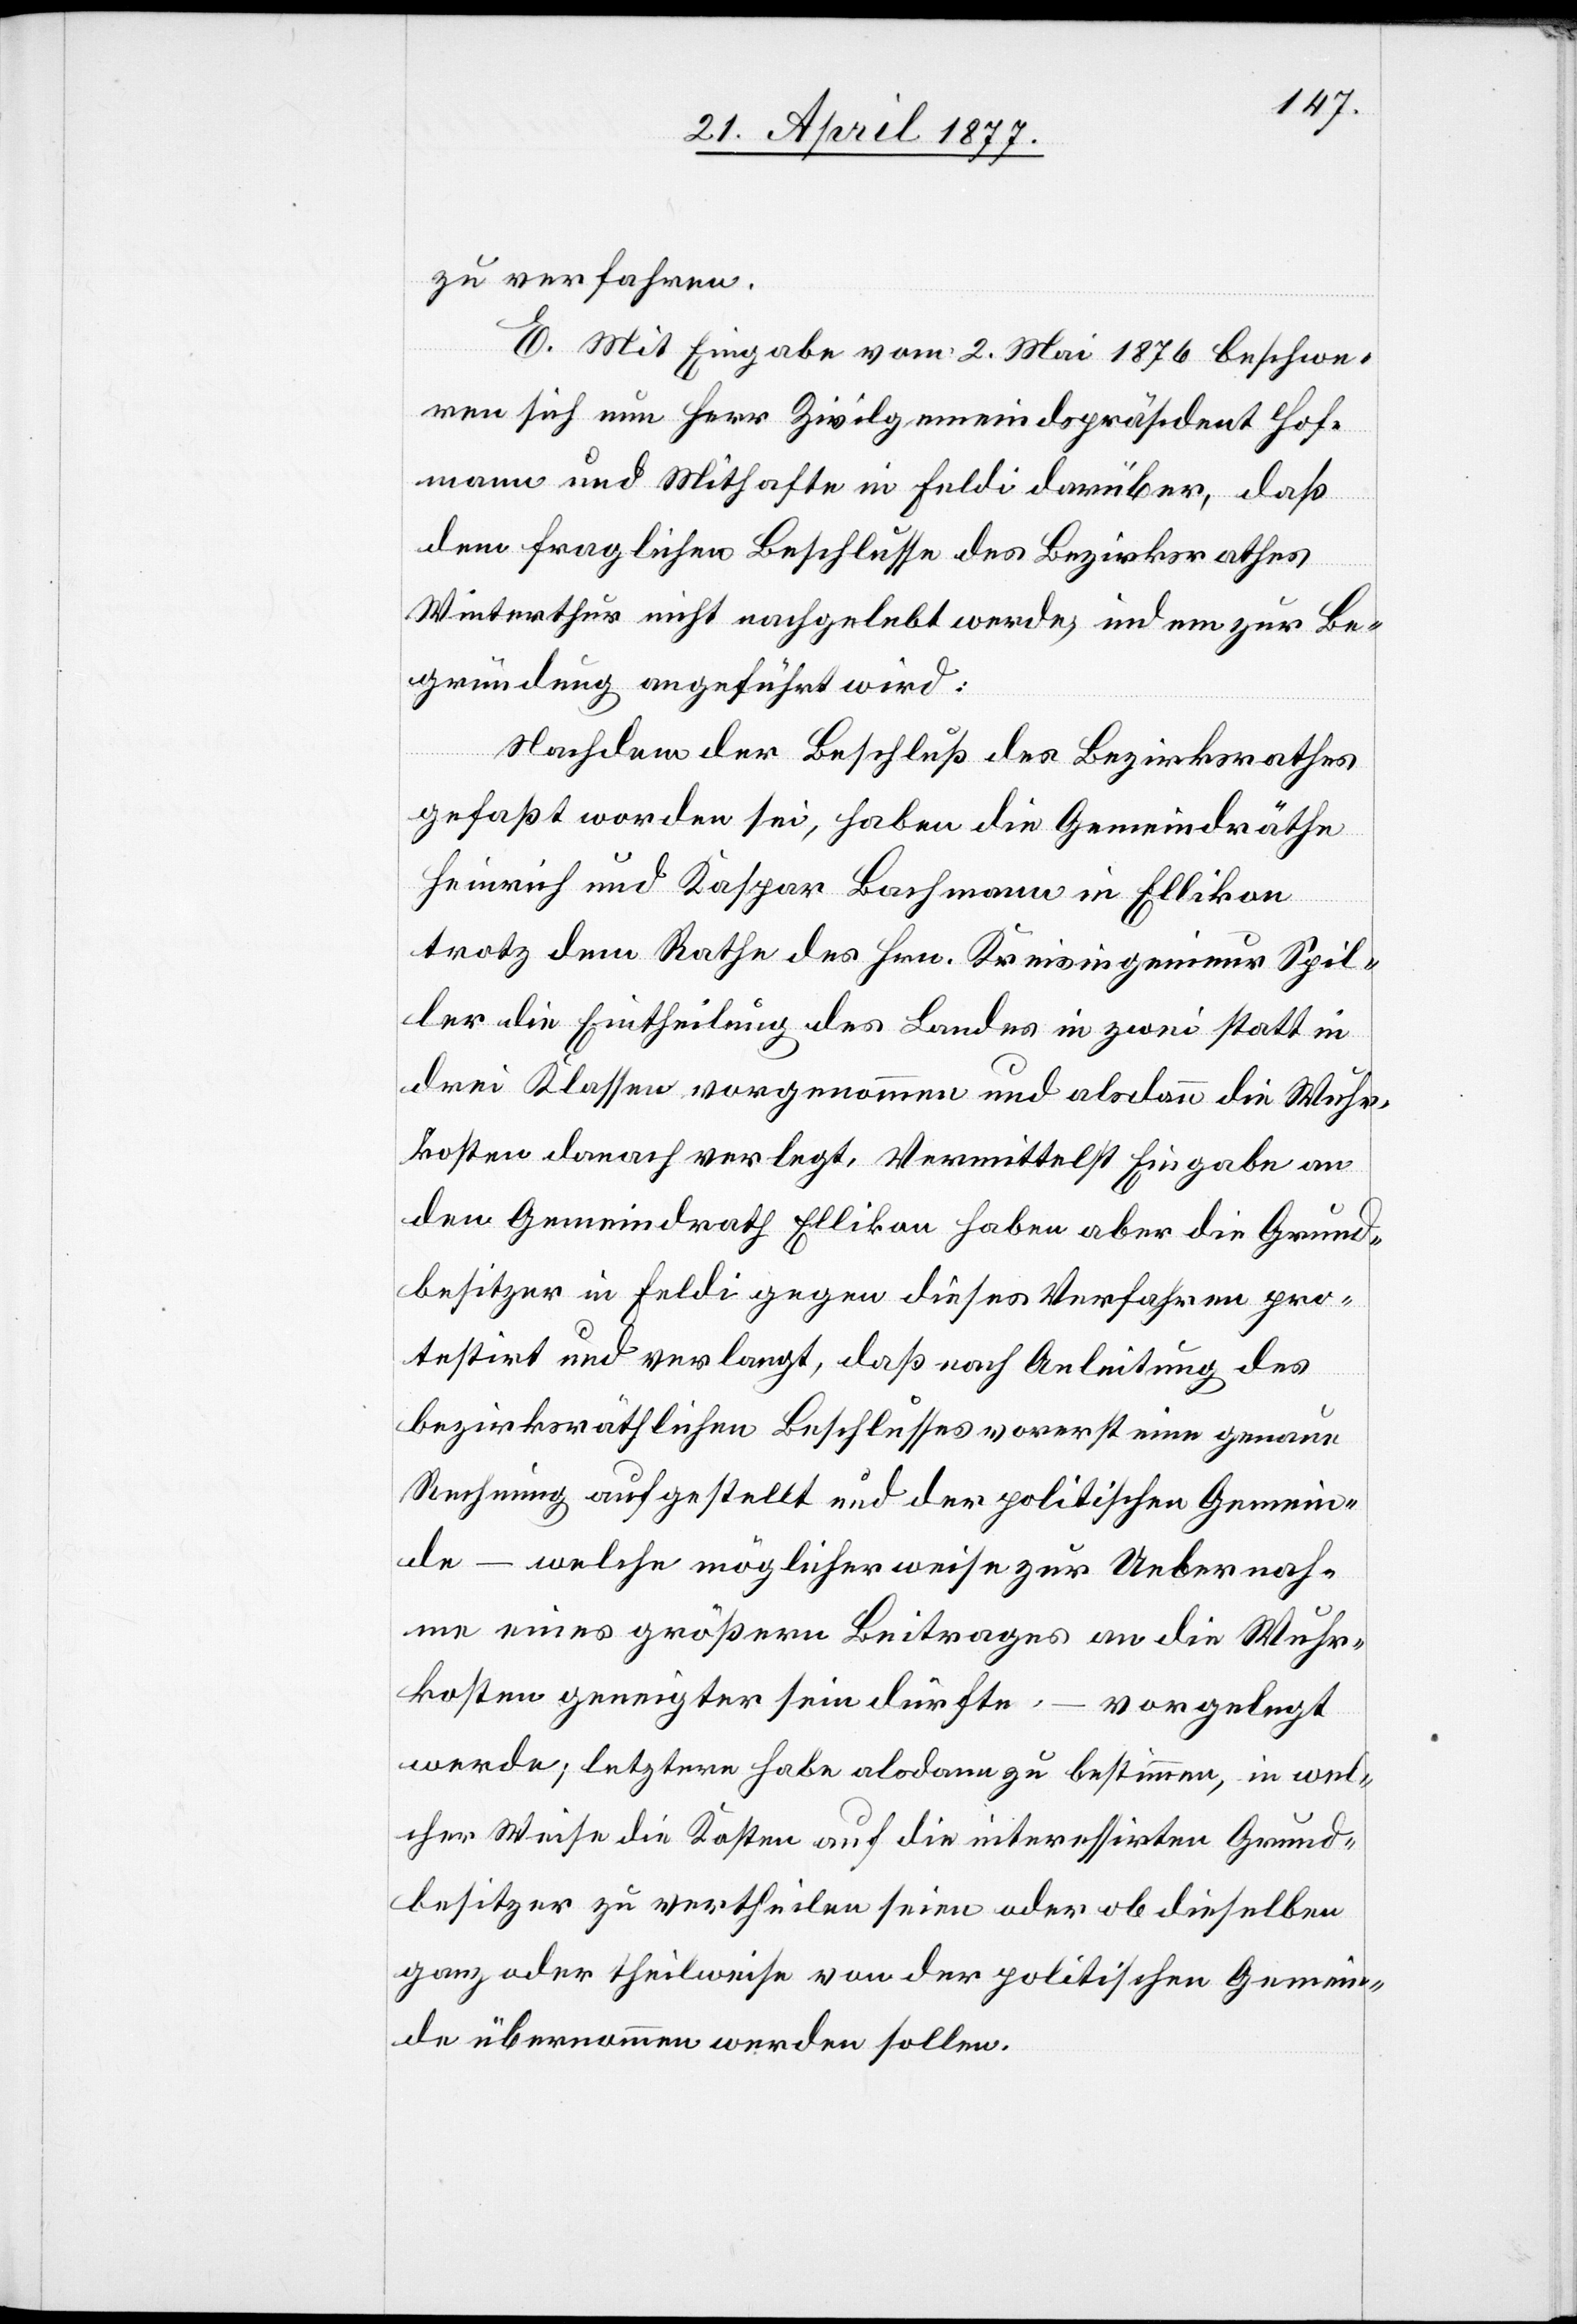
zu verfahren.
E. Mit Eingabe vom 2. Mai 1876 beschwe¬
ren sich nun Herr Zivilgemeindspräsident Hof¬
mann und Mithafte in Feldi darüber, daß
dem fraglichen Beschlusse des Bezirksrathes
Winterthur nicht nachgelebt werde, indem zur Be¬
gründung angeführt wird:
Nachdem der Beschluß des Bezirksrathes
gefaßt worden sei, haben die Gemeindräthe
Heinrich und Kaspar Bachmann in Ellikon
trotz dem Rathe des Hrn. Kreisingenieur Spil¬
ler die Eintheilung des Landes in zwei statt in
drei Klassen vorgenommen und alsdann die Wuhr¬
kosten danach verlegt. Vermittelst Eingabe an
den Gemeindrath Ellikon haben aber die Grund¬
besitzer in Feldi gegen dieses Verfahren pro¬
testirt und verlangt, daß nach Anleitung des
bezirksräthlichen Beschlusses vorerst eine genaue
Rechnung aufgestellt und der politischen Gemein¬
de – welche möglicherweise zur Uebernah¬
me eines größern Beitrages an die Wuhr¬
kosten geneigter sein dürfte,
vorgelegt
werde; letztere habe alsdann zu bestimmen, in wel¬
cher Weise die Kosten auf die interessirten Grund¬
besitzer zu vertheilen seien oder ob dieselben
ganz oder theilweise von der politischen Gemein¬
de übernommen werden sollen.